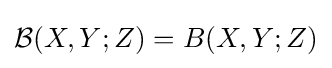
{\mathcal {B}}(X,Y;Z)=B(X,Y;Z)